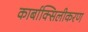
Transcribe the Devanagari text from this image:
कार्बाक्सिलीकरण